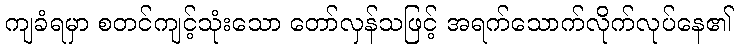
ကျခံရမှာ စတင်ကျင့်သုံးသော တော်လှန်သဖြင့် အရက်သောက်လိုက်လုပ်နေ၏